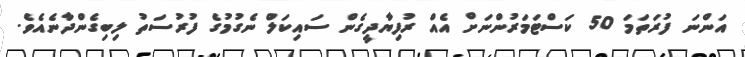
އަންނަ ފުރަތަމަ 50 ކަސްޓަމަރުންނަށް އެއް ރުފިޔާދީގެން ސައިކަލް ނެގުމުގެ ފުރުސަތު ލިބިގެންދާނެއެވެ.